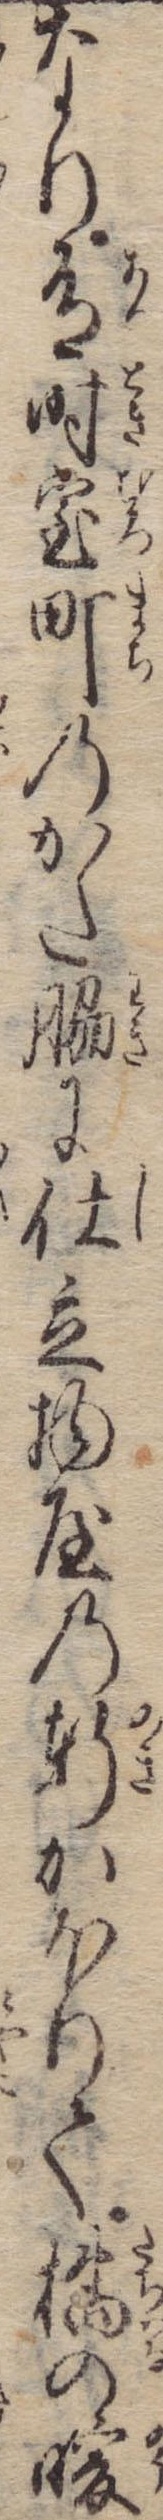
なり有時室町のかた脇に仕立物屋の軒かほりて橘の暖